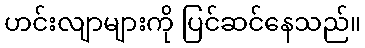
ဟင်းလျာများကို ပြင်ဆင်နေသည်။